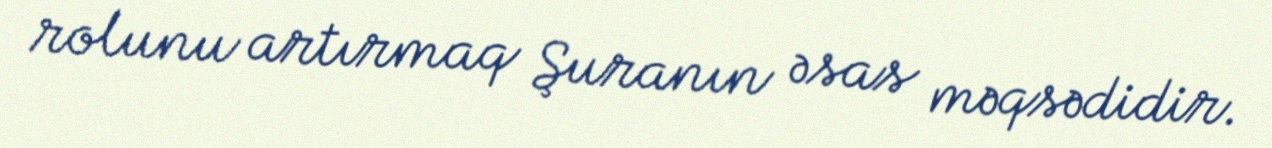
rolunu artırmaq Şuranın əsas məqsədidir.